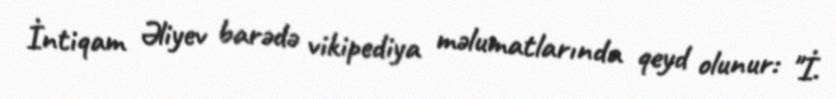
İntiqam Əliyev barədə vikipediya məlumatlarında qeyd olunur: "İ.